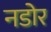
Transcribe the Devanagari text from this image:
नडोर